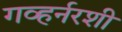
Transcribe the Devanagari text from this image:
गव्हर्नरशी